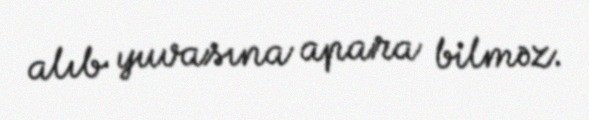
alıb yuvasına apara bilməz.